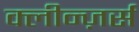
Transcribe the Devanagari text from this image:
क्लीन्ज़र्स